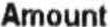
AMOUNT